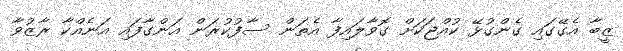
ޒީބާ އެގޭގައި ގެންގުޅޭ ކުއްޖަކަށް ގޮވާލައިފާ އެތަން ސާފުކުރަން އަންގާފައި އަނެއްކާ ރާޒުވާ